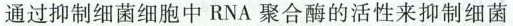
通过抑制细菌细胞中RNA聚合酶的活性来抑制细菌